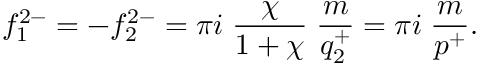
f _ { 1 } ^ { 2 - } = - f _ { 2 } ^ { 2 - } = \pi i \; \frac { \chi } { 1 + \chi } \; \frac { m } { q _ { 2 } ^ { + } } = \pi i \; \frac { m } { p ^ { + } } .